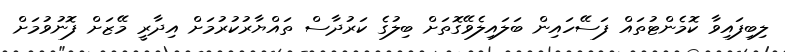
ލިބިފައިވާ ކޮމެންޓުތައް ފަސޭހައިން ބަލައިލެވޭގޮތަށް ބިލުގެ ކަރުދާސް ތައްޔާރުކުރުމަށް އިދާރީ މޭޒަށް ފޮނުވުމަށް